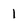
Character: 1